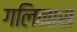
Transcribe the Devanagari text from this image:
गलिनास